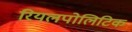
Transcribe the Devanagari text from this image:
रियलपोलिटिक